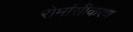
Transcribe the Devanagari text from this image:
रोमांसीकरण